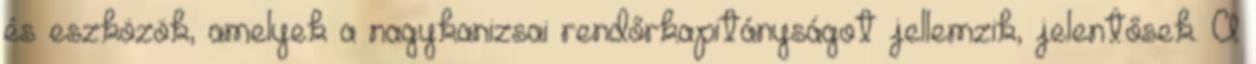
és eszközök, amelyek a nagykanizsai rendőrkapitányságot jellemzik, jelentősek. A